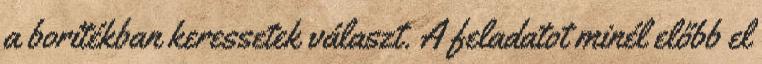
a borítékban keressetek választ. A feladatot minél előbb el